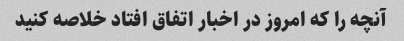
آنچه را که امروز در اخبار اتفاق افتاد خلاصه کنید